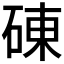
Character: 𥓝